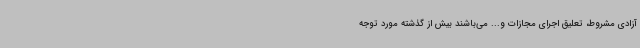
آزادی مشروط، تعلیق اجرای مجازات و... می‌باشند بیش از گذشته مورد توجه